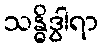
သန္ဓိဒွါရာ